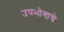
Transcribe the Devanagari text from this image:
उपभोगाचे